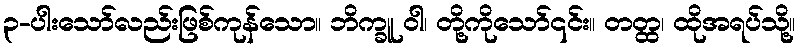
၃-ပါးသော်လည်းဖြစ်ကုန်သော။ ဘိက္ခူ ဝါ၊ တို့ကိုသော်၎င်း။ တတ္ထ၊ ထိုအရပ်သို့။